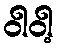
ဝါဝါ့